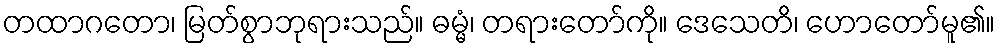
တထာဂတော၊ မြတ်စွာဘုရားသည်။ ဓမ္မံ၊ တရားတော်ကို။ ဒေသေတိ၊ ဟောတော်မူ၏။